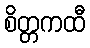
စိတ္တကထီ